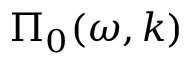
\Pi _ { 0 } ( \omega , \boldsymbol { k } )